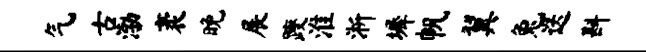
气古渤袤晚展躞淮淅墀帆翼兔迭斟